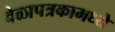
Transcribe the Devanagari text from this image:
वेळापत्रकामध्ये